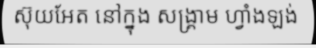
ស៊ុយអែត នៅក្នុង សង្គ្រាម ហ្វាំងឡង់